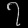
Digit: ၇